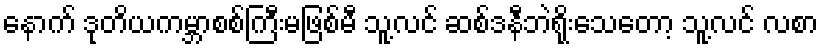
နောက် ဒုတိယကမ္ဘာစစ်ကြီးမဖြစ်မီ သူ့လင် ဆစ်ဒနီဘဲရိုးသေတော့ သူ့လင် လစာ